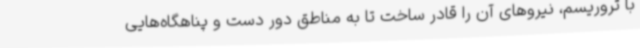
با تروریسم، نیروهای آن را قادر ساخت تا به مناطق دور دست و پناهگاه‌هایی